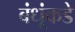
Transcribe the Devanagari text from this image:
बंधूंकडे